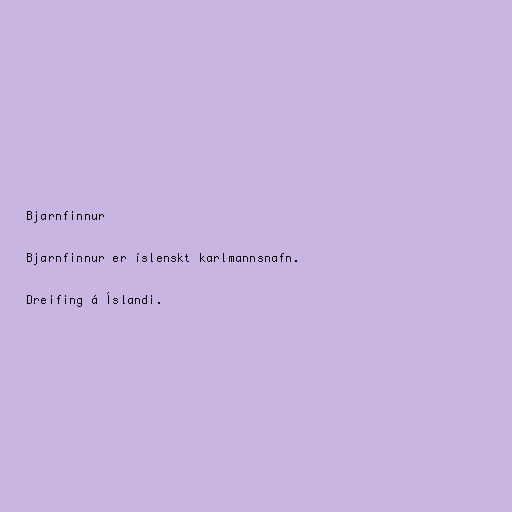
Bjarnfinnur

Bjarnfinnur er íslenskt karlmannsnafn.

Dreifing á Íslandi.